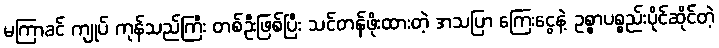
မကြာခင် ကျုပ် ကုန်သည်ကြီး တစ်ဦးဖြစ်ပြီး သင်တန်ဖိုးထားတဲ့ အသပြာ ကြေးငွေနဲ့ ဥစ္စာပစ္စည်းပိုင်ဆိုင်တဲ့